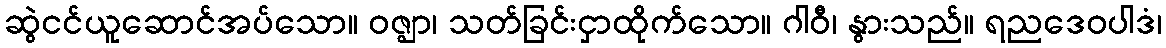
ဆွဲငင်ယူဆောင်အပ်သော။ ဝဇ္ဈာ၊ သတ်ခြင်းငှာထိုက်သော။ ဂါဝီ၊ နွားသည်။ ရညဒေဝပါဒံ၊